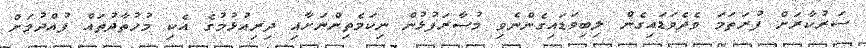
ސަރުކާރަށް ފުރަތަމަ ވެދެވަޑައިގެން ލިބިވަޑައިގެންނެވި މުސާރަފުޅުން ނިކަމެތިންނަށާއި ދިރިއުޅުމުގެ އެކި މުހުތާދުތައް ފުއްދުމަށް